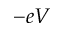
- e V